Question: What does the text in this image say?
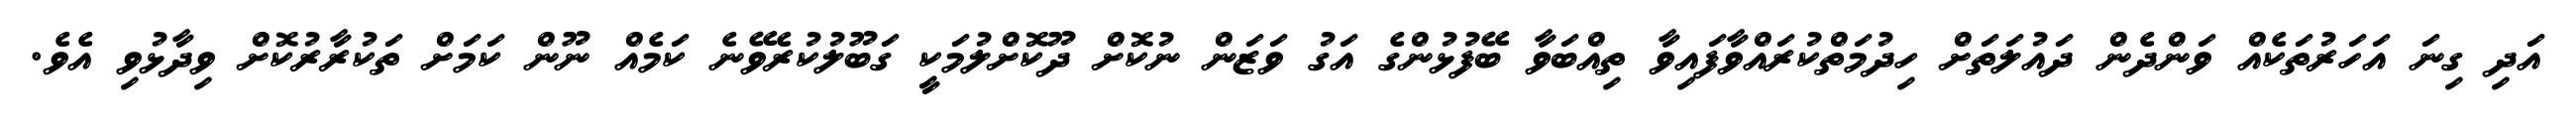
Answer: އަދި ގިނަ އަހަރުތަކެއް ވަންދެން ދައުލަތަށް ހިދުމަތްކުރައްވާފައިވާ ތިއްބަވާ ބޭފުޅުންގެ އަގު ވަޒަން ނުކޮށް ދޫކޮށްލުމަކީ ގަބޫލުކުރެވޭނެ ކަމެއް ނޫން ކަމަށް ތަކުރާރުކޮށް ވިދާޅުވި އެވެ.